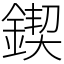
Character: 鍥